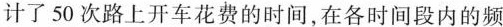
计了50次路上开车花费的时间，在各时间段内的频